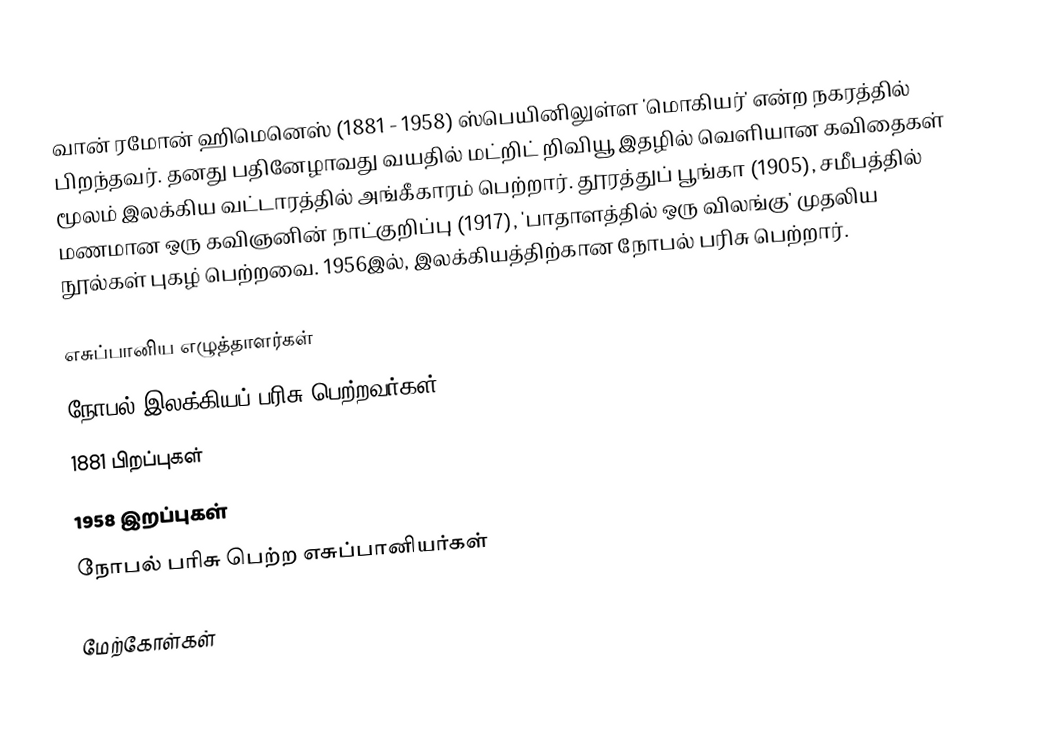
வான் ரமோன் ஹிமெனெஸ் (1881 - 1958) ஸ்பெயினிலுள்ள 'மொகியர்' என்ற நகரத்தில் பிறந்தவர். தனது பதினேழாவது வயதில் மட்றிட் றிவியூ இதழில் வெளியான கவிதைகள் மூலம் இலக்கிய வட்டாரத்தில் அங்கீகாரம் பெற்றார். தூரத்துப் பூங்கா (1905), சமீபத்தில் மணமான ஒரு கவிஞனின் நாட்குறிப்பு (1917), 'பாதாளத்தில் ஒரு விலங்கு' முதலிய நூல்கள் புகழ் பெற்றவை. 1956இல், இலக்கியத்திற்கான நோபல் பரிசு பெற்றார்.

எசுப்பானிய எழுத்தாளர்கள்
நோபல் இலக்கியப் பரிசு பெற்றவர்கள்
1881 பிறப்புகள்
1958 இறப்புகள்
நோபல் பரிசு பெற்ற எசுப்பானியர்கள்

மேற்கோள்கள்